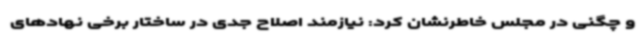
و چگنی در مجلس خاطرنشان کرد: نیازمند اصلاح جدی در ساختار برخی نهادهای